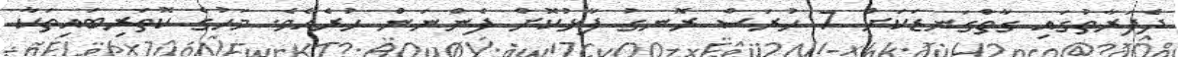
ދެފަރާތުގައި ގާތްގަނޑަކަށް 7 ހުރަސް ރޮނގު ފާޅުކޮށް ފެންނަން ހުރެއެވެ. މަހުގެ ކޮތަރިބައިތަކާ